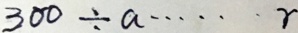
3 0 0 \div a \cdots r